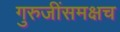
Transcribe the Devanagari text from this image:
गुरुजींसमक्षच